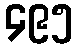
၄၉၅